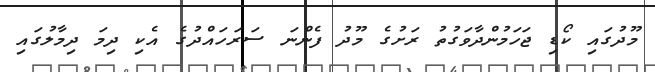
މޫދުގައި ކޯޑި ޖަހަމުންދާވަގުތު ރަށުގެ މޫދު ފެންނަ ސަރަހައްދުގެ އެކި ދިމަ ދިމާލުގައި